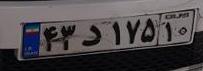
۴۳د۱۷۵۱۰